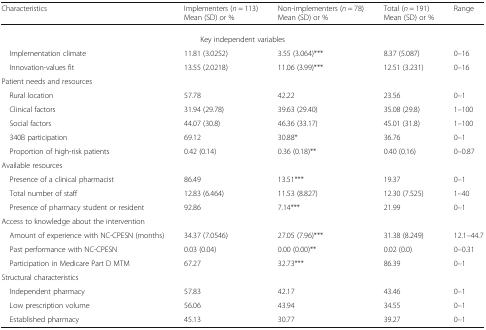
<table><thead><tr><td><b>Characteristics</b></td><td><b>Implementers (<i>n</i> = 113)Mean (SD) or %</b></td><td><b>Non-implementers (<i>n</i> = 78)Mean (SD) or %</b></td><td><b>Total (<i>n</i> = 191)Mean (SD) or %</b></td><td><b>Range</b></td></tr></thead><tbody><tr><td colspan="5">Key independent variables</td></tr><tr><td> Implementation climate</td><td>11.81 (3.0252)</td><td>3.55 (3.064)***</td><td>8.37 (5.087)</td><td>0–16</td></tr><tr><td> Innovation-values fit</td><td>13.55 (2.0218)</td><td>11.06 (3.99)***</td><td>12.51 (3.231)</td><td>0–16</td></tr><tr><td colspan="5">Patient needs and resources</td></tr><tr><td> Rural location</td><td>57.78</td><td>42.22</td><td>23.56</td><td>0–1</td></tr><tr><td> Clinical factors</td><td>31.94 (29.78)</td><td>39.63 (29.40)</td><td>35.08 (29.8)</td><td>1–100</td></tr><tr><td> Social factors</td><td>44.07 (30.8)</td><td>46.36 (33.17)</td><td>45.01 (31.8)</td><td>1–100</td></tr><tr><td> 340B participation</td><td>69.12</td><td>30.88*</td><td>36.76</td><td>0–1</td></tr><tr><td> Proportion of high-risk patients</td><td>0.42 (0.14)</td><td>0.36 (0.18)**</td><td>0.40 (0.16)</td><td>0–0.87</td></tr><tr><td colspan="5">Available resources</td></tr><tr><td> Presence of a clinical pharmacist</td><td>86.49</td><td>13.51***</td><td>19.37</td><td>0–1</td></tr><tr><td> Total number of staff</td><td>12.83 (6.464)</td><td>11.53 (8.827)</td><td>12.30 (7.525)</td><td>1–40</td></tr><tr><td> Presence of pharmacy student or resident</td><td>92.86</td><td>7.14***</td><td>21.99</td><td>0–1</td></tr><tr><td colspan="5">Access to knowledge about the intervention</td></tr><tr><td> Amount of experience with NC-CPESN (months)</td><td>34.37 (7.0546)</td><td>27.05 (7.96)***</td><td>31.38 (8.249)</td><td>12.1–44.7</td></tr><tr><td> Past performance with NC-CPESN</td><td>0.03 (0.04)</td><td>0.00 (0.00)**</td><td>0.02 (0.0)</td><td>0–0.31</td></tr><tr><td> Participation in Medicare Part D MTM</td><td>67.27</td><td>32.73***</td><td>86.39</td><td>0–1</td></tr><tr><td colspan="5">Structural characteristics</td></tr><tr><td> Independent pharmacy</td><td>57.83</td><td>42.17</td><td>43.46</td><td>0–1</td></tr><tr><td> Low prescription volume</td><td>56.06</td><td>43.94</td><td>34.55</td><td>0–1</td></tr><tr><td> Established pharmacy</td><td>45.13</td><td>30.77</td><td>39.27</td><td>0–1</td></tr></tbody></table>